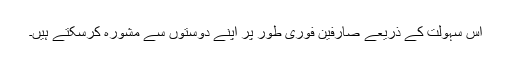
اس سہولت کے ذریعے صارفین فوری طور پر اپنے دوستوں سے مشورہ کرسکتے ہیں۔